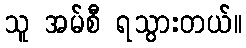
သူ အမ်စီ ရသွားတယ်။